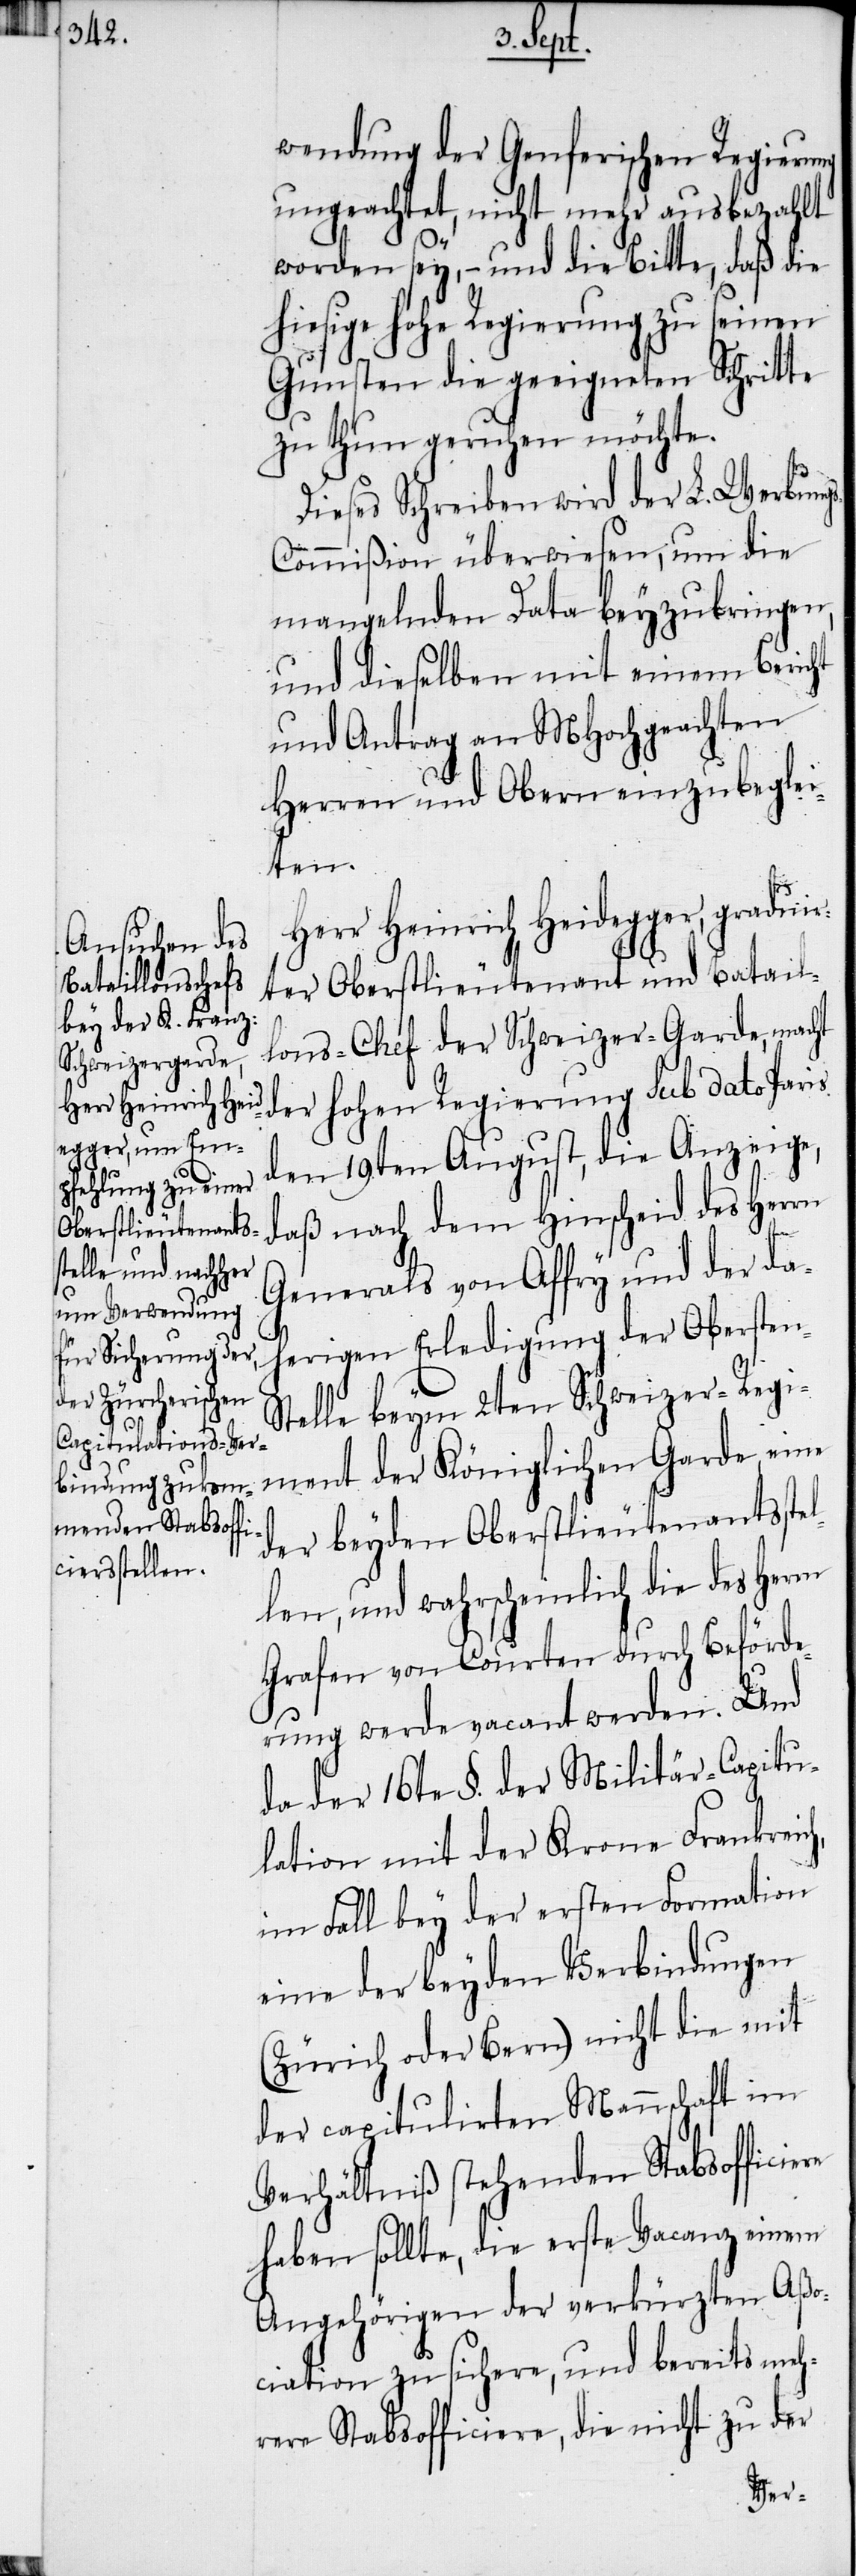
h,

wendung der Genferischen Regierung
ungeachtet, nicht mehr ausbezahlt
worden sey, − und die Bitte, daß die
hiesige hohe Regierung zu seinen
Gunsten die geeigneten Schritte
zu thun geruhen möchte.
Dieses Schreiben wird der L. Werbung¬
s-Commißion überwiesen, um die
mangelnden Data beyzubringen,
und dieselben mit einem Bericht
und Antrag an MHochgeachten
Herren und Obern einzubeglei¬
ten.
Herr Heinrich Heidegger, graduir¬
ter Oberslieutenant und Batail¬
lons-Chef der Schweizer-Garde, macht
der hohen Regierung sub dato Paris
den 19ten August, die Anzeige,
daß nach dem Hinscheid des Herrn
Generals von Affry und der da¬
herigen Erledigung der Obersten-S¬
telle beym 2ten Schweizer-Regi¬
ment der Königlichen Garde eine
der beyden Oberstlieutenantsste¬
len, und wahrscheinlich die des Herrn
Grafen von Courten durch Beförde¬
rung werde vacant werden. Und
da der 16te §. der Militär-Capitu¬
lation mit der Krone Frankreic¬
im Fall bey der ersten Formation
eine der beyden Verbindungen
(Zürich oder Bern) nicht die mit
der capitulirten Mannschaft im
Verhältniß stehenden Stabsofficiere
haben sollte, die erste Vacanz einem
Angehörigen der verkürzten Aßo¬
ciation zusichere, und bereits meh¬
rere Stabsofficiere, die nicht zu der